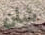
شأن